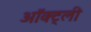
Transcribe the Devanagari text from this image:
ऑक्ट्ली